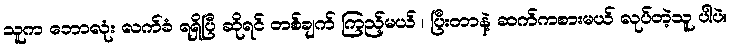
သူက ဘောလုံး လက်ခံ ရရှိပြီ ဆိုရင် တစ်ချက် ကြည့်မယ် ၊ ပြီးတာနဲ့ ဆက်ကစားမယ် လုပ်တဲ့သူ ပါပဲ။